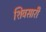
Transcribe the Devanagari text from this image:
शिवसारी